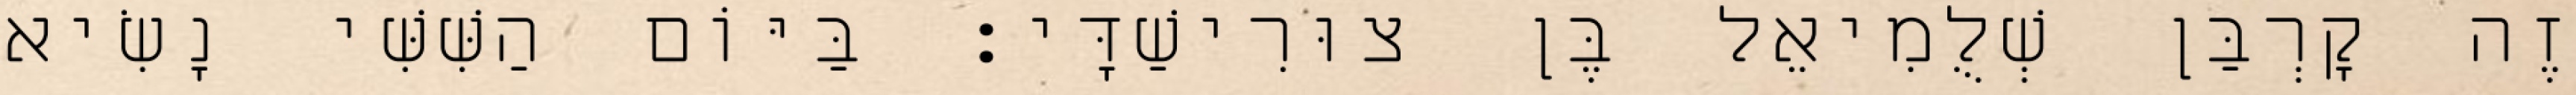
זֶה קָרְבַּן שְׁלֻמִיאֵל בֶּן צוּרִישַׁדָּי׃ בַּיּוֹם הַשִּׁשִּׁי נָשִׂיא